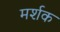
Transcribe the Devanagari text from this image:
मर्शक